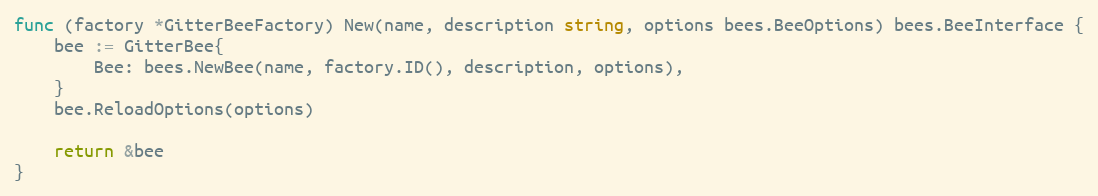
Language: Go
func (factory *GitterBeeFactory) New(name, description string, options bees.BeeOptions) bees.BeeInterface {
	bee := GitterBee{
		Bee: bees.NewBee(name, factory.ID(), description, options),
	}
	bee.ReloadOptions(options)

	return &bee
}